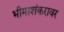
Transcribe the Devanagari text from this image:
भीमाशंकरावर